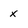
Character: x